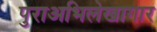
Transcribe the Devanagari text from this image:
पुराअभिलेखागार